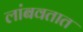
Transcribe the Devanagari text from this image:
लांबवतात